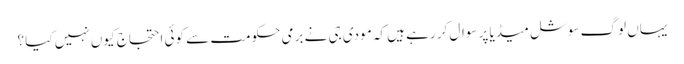
یہاں لوگ سوشل میڈیا پر سوال کر رہے ہیں کہ مودی جی نے برمی حکومت سے کوئی احتجاج کیوں نہیں کیا ؟